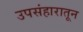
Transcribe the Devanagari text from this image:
उपसंहारातून